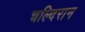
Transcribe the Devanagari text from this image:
चल्दिरान